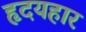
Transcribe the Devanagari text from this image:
हृदयहार